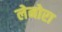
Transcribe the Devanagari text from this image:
लेनोरा